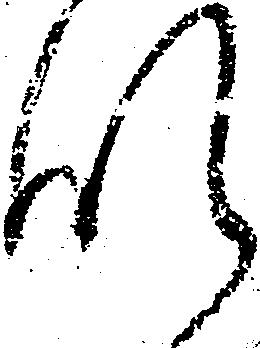
肝